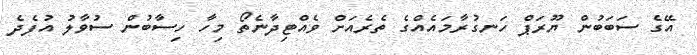
އޭގެ ސަބަބުން ޔޫރަޕް ހަނގުރާމައެއްގެ ތެރެއަށް ވެއްޓިދާނެތޯ މިހާ ހިސާބުން ސުވާލު އުފެދެ